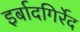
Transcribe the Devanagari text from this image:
इर्बादगिर्रेद